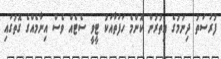
ފުރުސަތު ދިނުމުގެ އިތުރުން ކޮންމެ ހަފުތާއަކު ޓީވީ ސެޓެއް ވެސް އިނާމެއްގެ ގޮތުގައި